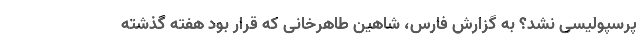
پرسپولیسی نشد؟ به گزارش فارس، شاهین طاهرخانی که قرار بود هفته گذشته